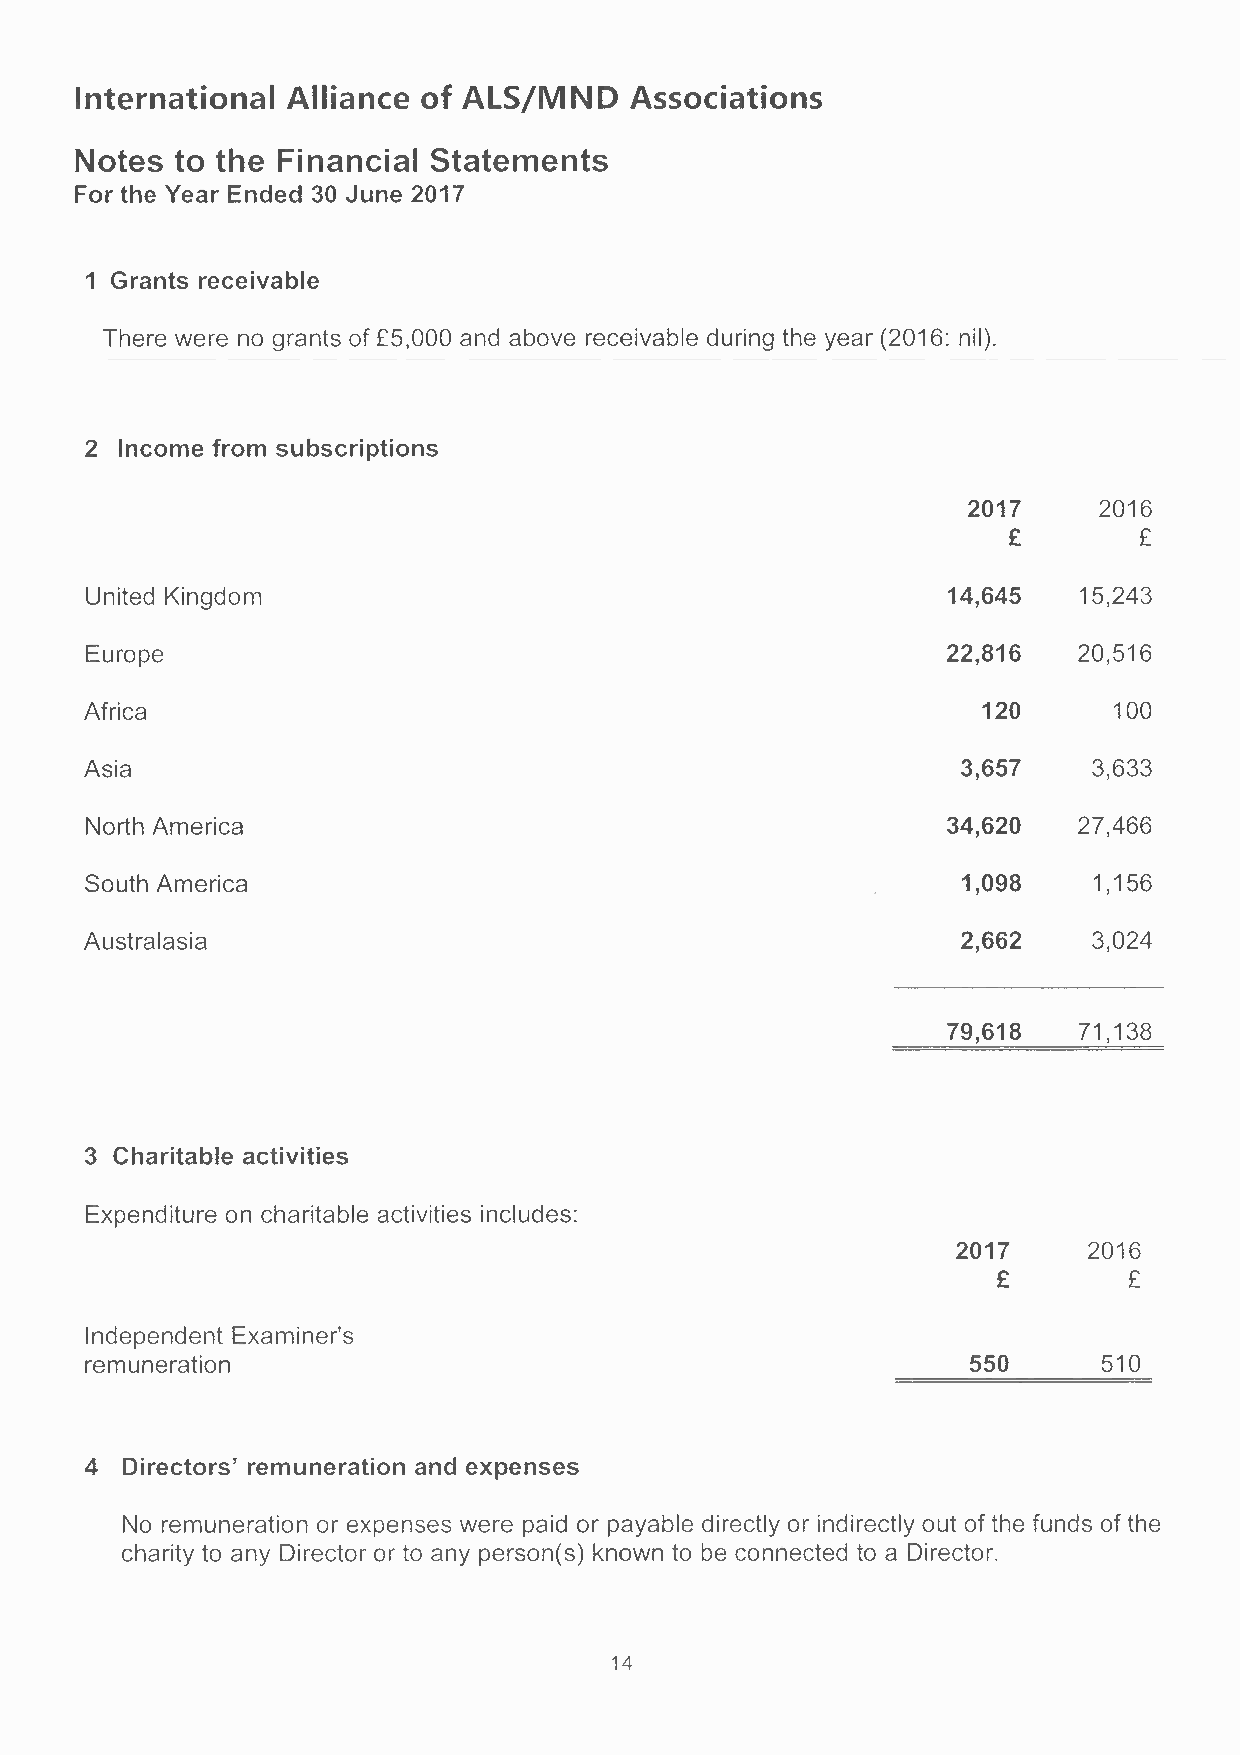
International Alliance of ALS/MND    Associations
 Notes  to the Financial Statements
 For the Year Ended 30 June 2017
 1 Grants receivable
 There were no grants of £5,000 and above receivable during the year (2016: nil).
 2 Income from subscriptions
 2017     2016
 £       £
 United Kingdom                                           14,645  15,243
 Europe                                                   22,816  20,516
 Africa                                                     120      100
 Asia                                                      3,657   3,633
 North America                                            34,620  27,466
 South America                                             1,098   1,156
 Australasia                                               2,662   3,024
 79,618  71,138
 3 Charitable activities
 Expenditure on charitable activities includes:
 2017     2016
 £        £
 Independent Examiner's
 remuneration                                              550      510
 4 Directors' remuneration and expenses
 No remuneration or expenses were paid or payable directly or indirectly out of the funds of the
 charity to any Director or to any person(s) known to be connected to a Director.
 14